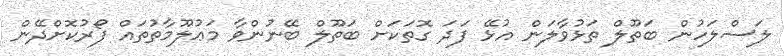
ލަސްލަހުން ބަތޫލް ތަޅުވާލަން އުޅޭ ފަދަ ގޮތަކަށް ބަތޫލް ބޭނުންވާ މަޢުލޫމާތުތައް ފޯރުކޮށްދޭން